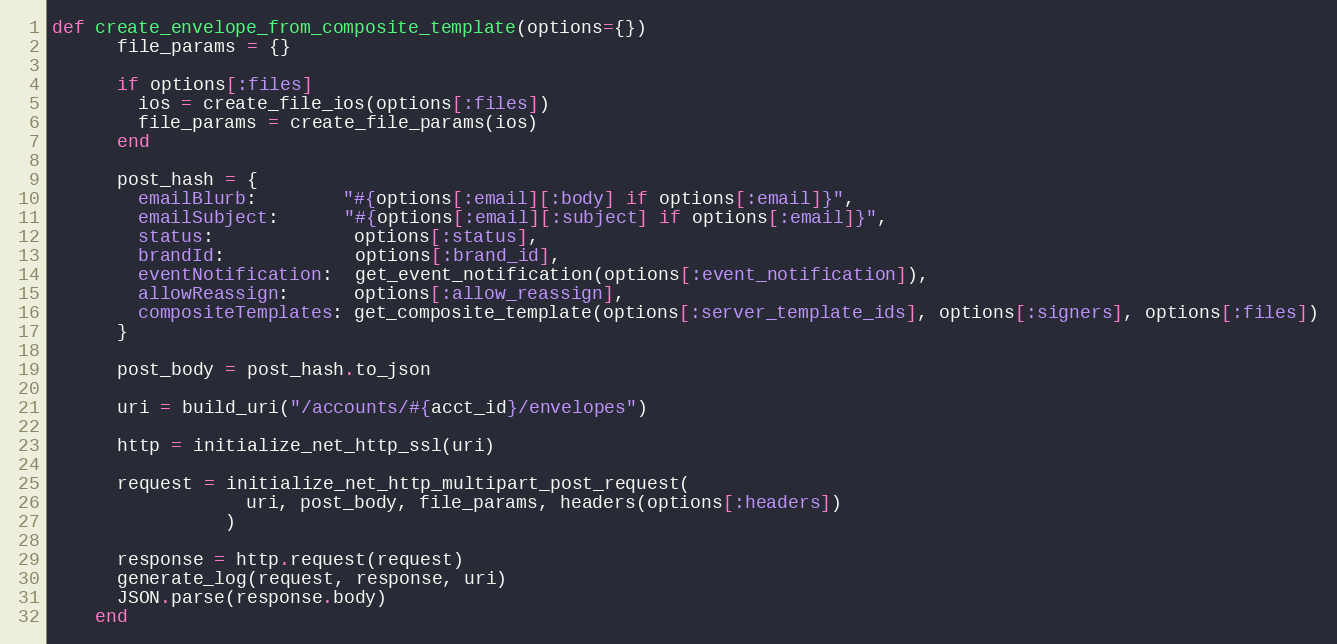
Language: Ruby
def create_envelope_from_composite_template(options={})
      file_params = {}

      if options[:files]
        ios = create_file_ios(options[:files])
        file_params = create_file_params(ios)
      end

      post_hash = {
        emailBlurb:        "#{options[:email][:body] if options[:email]}",
        emailSubject:      "#{options[:email][:subject] if options[:email]}",
        status:             options[:status],
        brandId:            options[:brand_id],
        eventNotification:  get_event_notification(options[:event_notification]),
        allowReassign:      options[:allow_reassign],
        compositeTemplates: get_composite_template(options[:server_template_ids], options[:signers], options[:files])
      }

      post_body = post_hash.to_json

      uri = build_uri("/accounts/#{acct_id}/envelopes")

      http = initialize_net_http_ssl(uri)

      request = initialize_net_http_multipart_post_request(
                  uri, post_body, file_params, headers(options[:headers])
                )

      response = http.request(request)
      generate_log(request, response, uri)
      JSON.parse(response.body)
    end